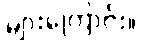
များကြောင်း။